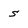
Character: s